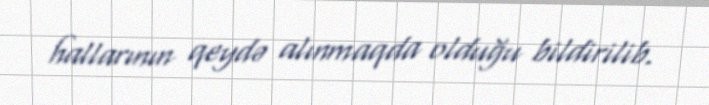
hallarının qeydə alınmaqda olduğu bildirilib.